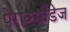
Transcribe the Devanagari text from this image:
पेराक्सीडेज